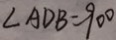
\angle A D B = 9 0 ^ { \circ }